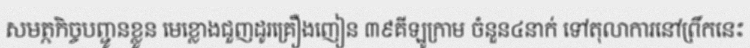
សមត្ថកិច្ចបញ្ជូនខ្លួន មេខ្លោងជួញដូរគ្រឿងញៀន ៣៩គីឡូក្រាម ចំនួន៤នាក់ ទៅតុលាការនៅព្រឹកនេះ